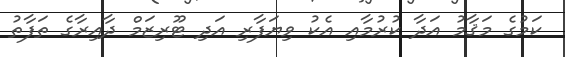
ކަމުގެ މަޤާމު އަދާ ކުރުމާއި އެކު ވިޔަފާރި އަދި ޓޫރިޒަމް ދާއިރާގެ ތަފާތު